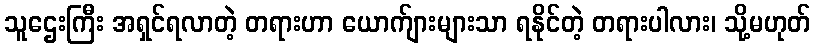
သူဌေးကြီး အရှင်ရလာတဲ့ တရားဟာ ယောက်ျားများသာ ရနိုင်တဲ့ တရားပါလား၊ သို့မဟုတ်